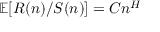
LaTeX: \mathbb { E } [ R ( n ) / S ( n ) ] = C n ^ { H }